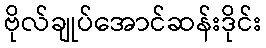
ဗိုလ်ချုပ်အောင်ဆန်းဒိုင်း